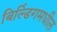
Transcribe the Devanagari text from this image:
बिल्डिंगमधील